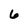
Character: 6